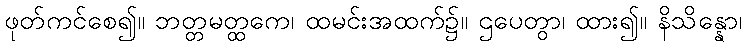
ဖုတ်ကင်စေ၍။ ဘတ္တမတ္ထကေ၊ ထမင်းအထက်၌။ ဌပေတွာ၊ ထား၍။ နိသိန္နော၊